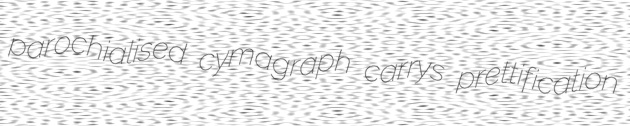
parochialised cymagraph carrys prettification